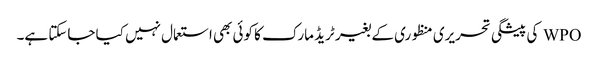
WPO کی پیشگی تحریری منظوری کے بغیر ٹریڈ مارک کا کوئی بھی استعمال نہیں کیا جاسکتا ہے۔